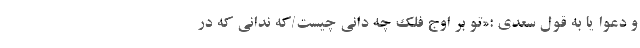
و دعوا یا به قول سعدی :«تو بر اوج فلک چه دانى چیست/که ندانى که در